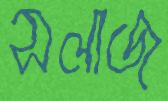
সলাজ